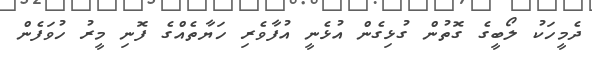
ދެމީހަކު ލޯބީގެ ގޮތުން ގުޅިގެން އުޅެނީ އުފާވެރި ހަޔާތެއްގެ ފޮނި މީރު ހުވަފެން